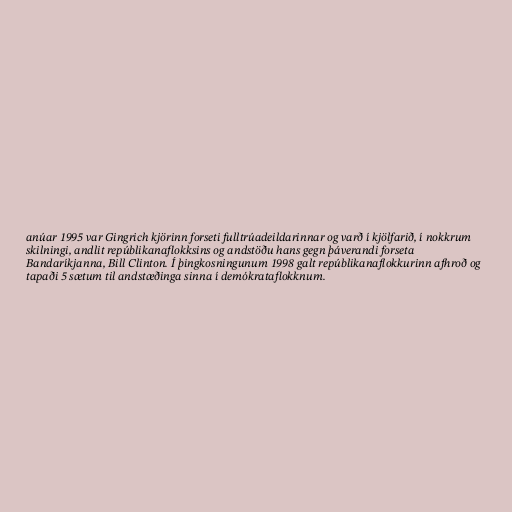
anúar 1995 var Gingrich kjörinn forseti fulltrúadeildarinnar og varð í kjölfarið, í nokkrum
skilningi, andlit repúblikanaflokksins og andstöðu hans gegn þáverandi forseta
Bandaríkjanna, Bill Clinton. Í þingkosningunum 1998 galt repúblikanaflokkurinn afhroð og
tapaði 5 sætum til andstæðinga sinna í demókrataflokknum.